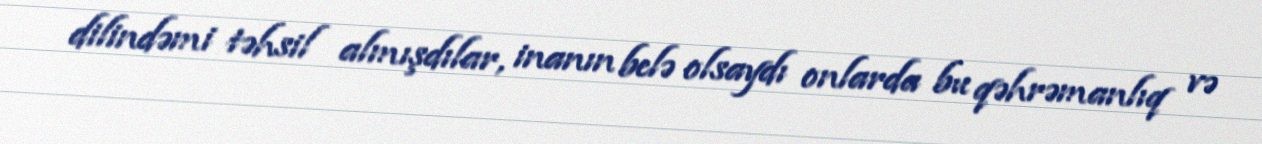
dilindəmi təhsil almışdılar, inanın belə olsaydı onlarda bu qəhrəmanlıq və